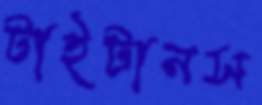
টাইটানস